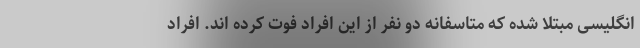
انگلیسی مبتلا شده که متاسفانه دو نفر از این افراد فوت کرده اند. افراد